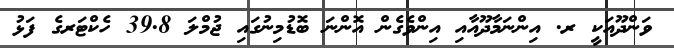
ވަންދޫއަކީ ރ. އިންނަމާދޫއާއި އިންވެގެން އޮންނަ ބޮޑުމިނުގައި ޖުމްލަ 39.8 ހެކްޓަރގެ ފަޅު